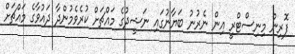
ފޮރިން މިނިސްޓްރީ އިން ނެރުނު ބަޔާނުގައި ނަޝީދުގެ މައްޗަށް ކުރެވެމުންދާ ދައުވާގެ މައްޗަށް